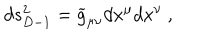
d s _ { D - 1 } ^ { 2 } = { \widetilde g } _ { \mu \nu } d x ^ { \mu } d x ^ { \nu } ~ ,